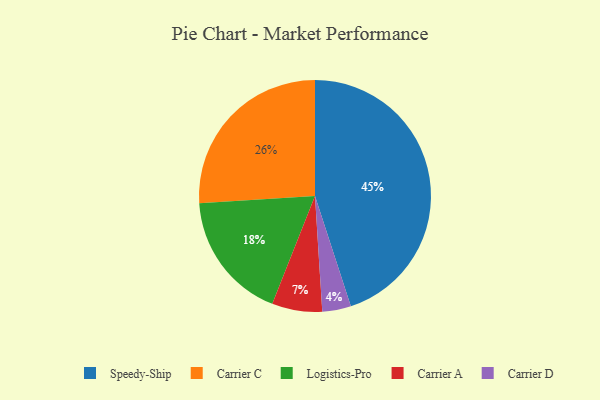
{"axis": {"x": "Category", "y": "Percentage"}, "legend": ["Carrier A", "Carrier C", "Carrier D", "Logistics-Pro", "Speedy-Ship"], "data": [{"x": "Carrier D", "y": 4, "type": "Carrier D"}, {"x": "Carrier C", "y": 26, "type": "Carrier C"}, {"x": "Carrier A", "y": 7, "type": "Carrier A"}, {"x": "Speedy-Ship", "y": 45, "type": "Speedy-Ship"}, {"x": "Logistics-Pro", "y": 18, "type": "Logistics-Pro"}]}